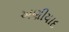
અણીયાદ